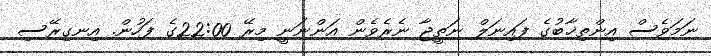
ނަމަވެސް އިންތިޚާބުގެ ފައިނަލް ނަތީޖާ ނެރެވެން އަންނަނީ މިރޭ 22:00ގެ ފަހުން. އިނގިރޭސި